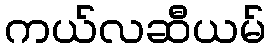
ကယ်လဆီယမ်